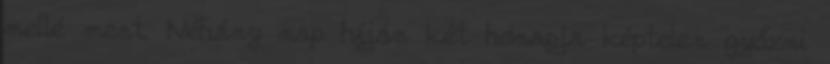
mellé ment. Néhány nap híján két hónapja képtelen győzni